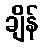
ချိန်